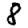
Digit: 8